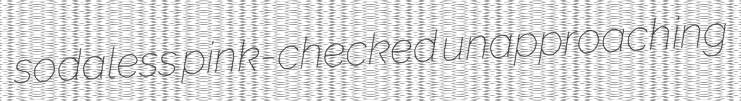
sodaless pink-checked unapproaching